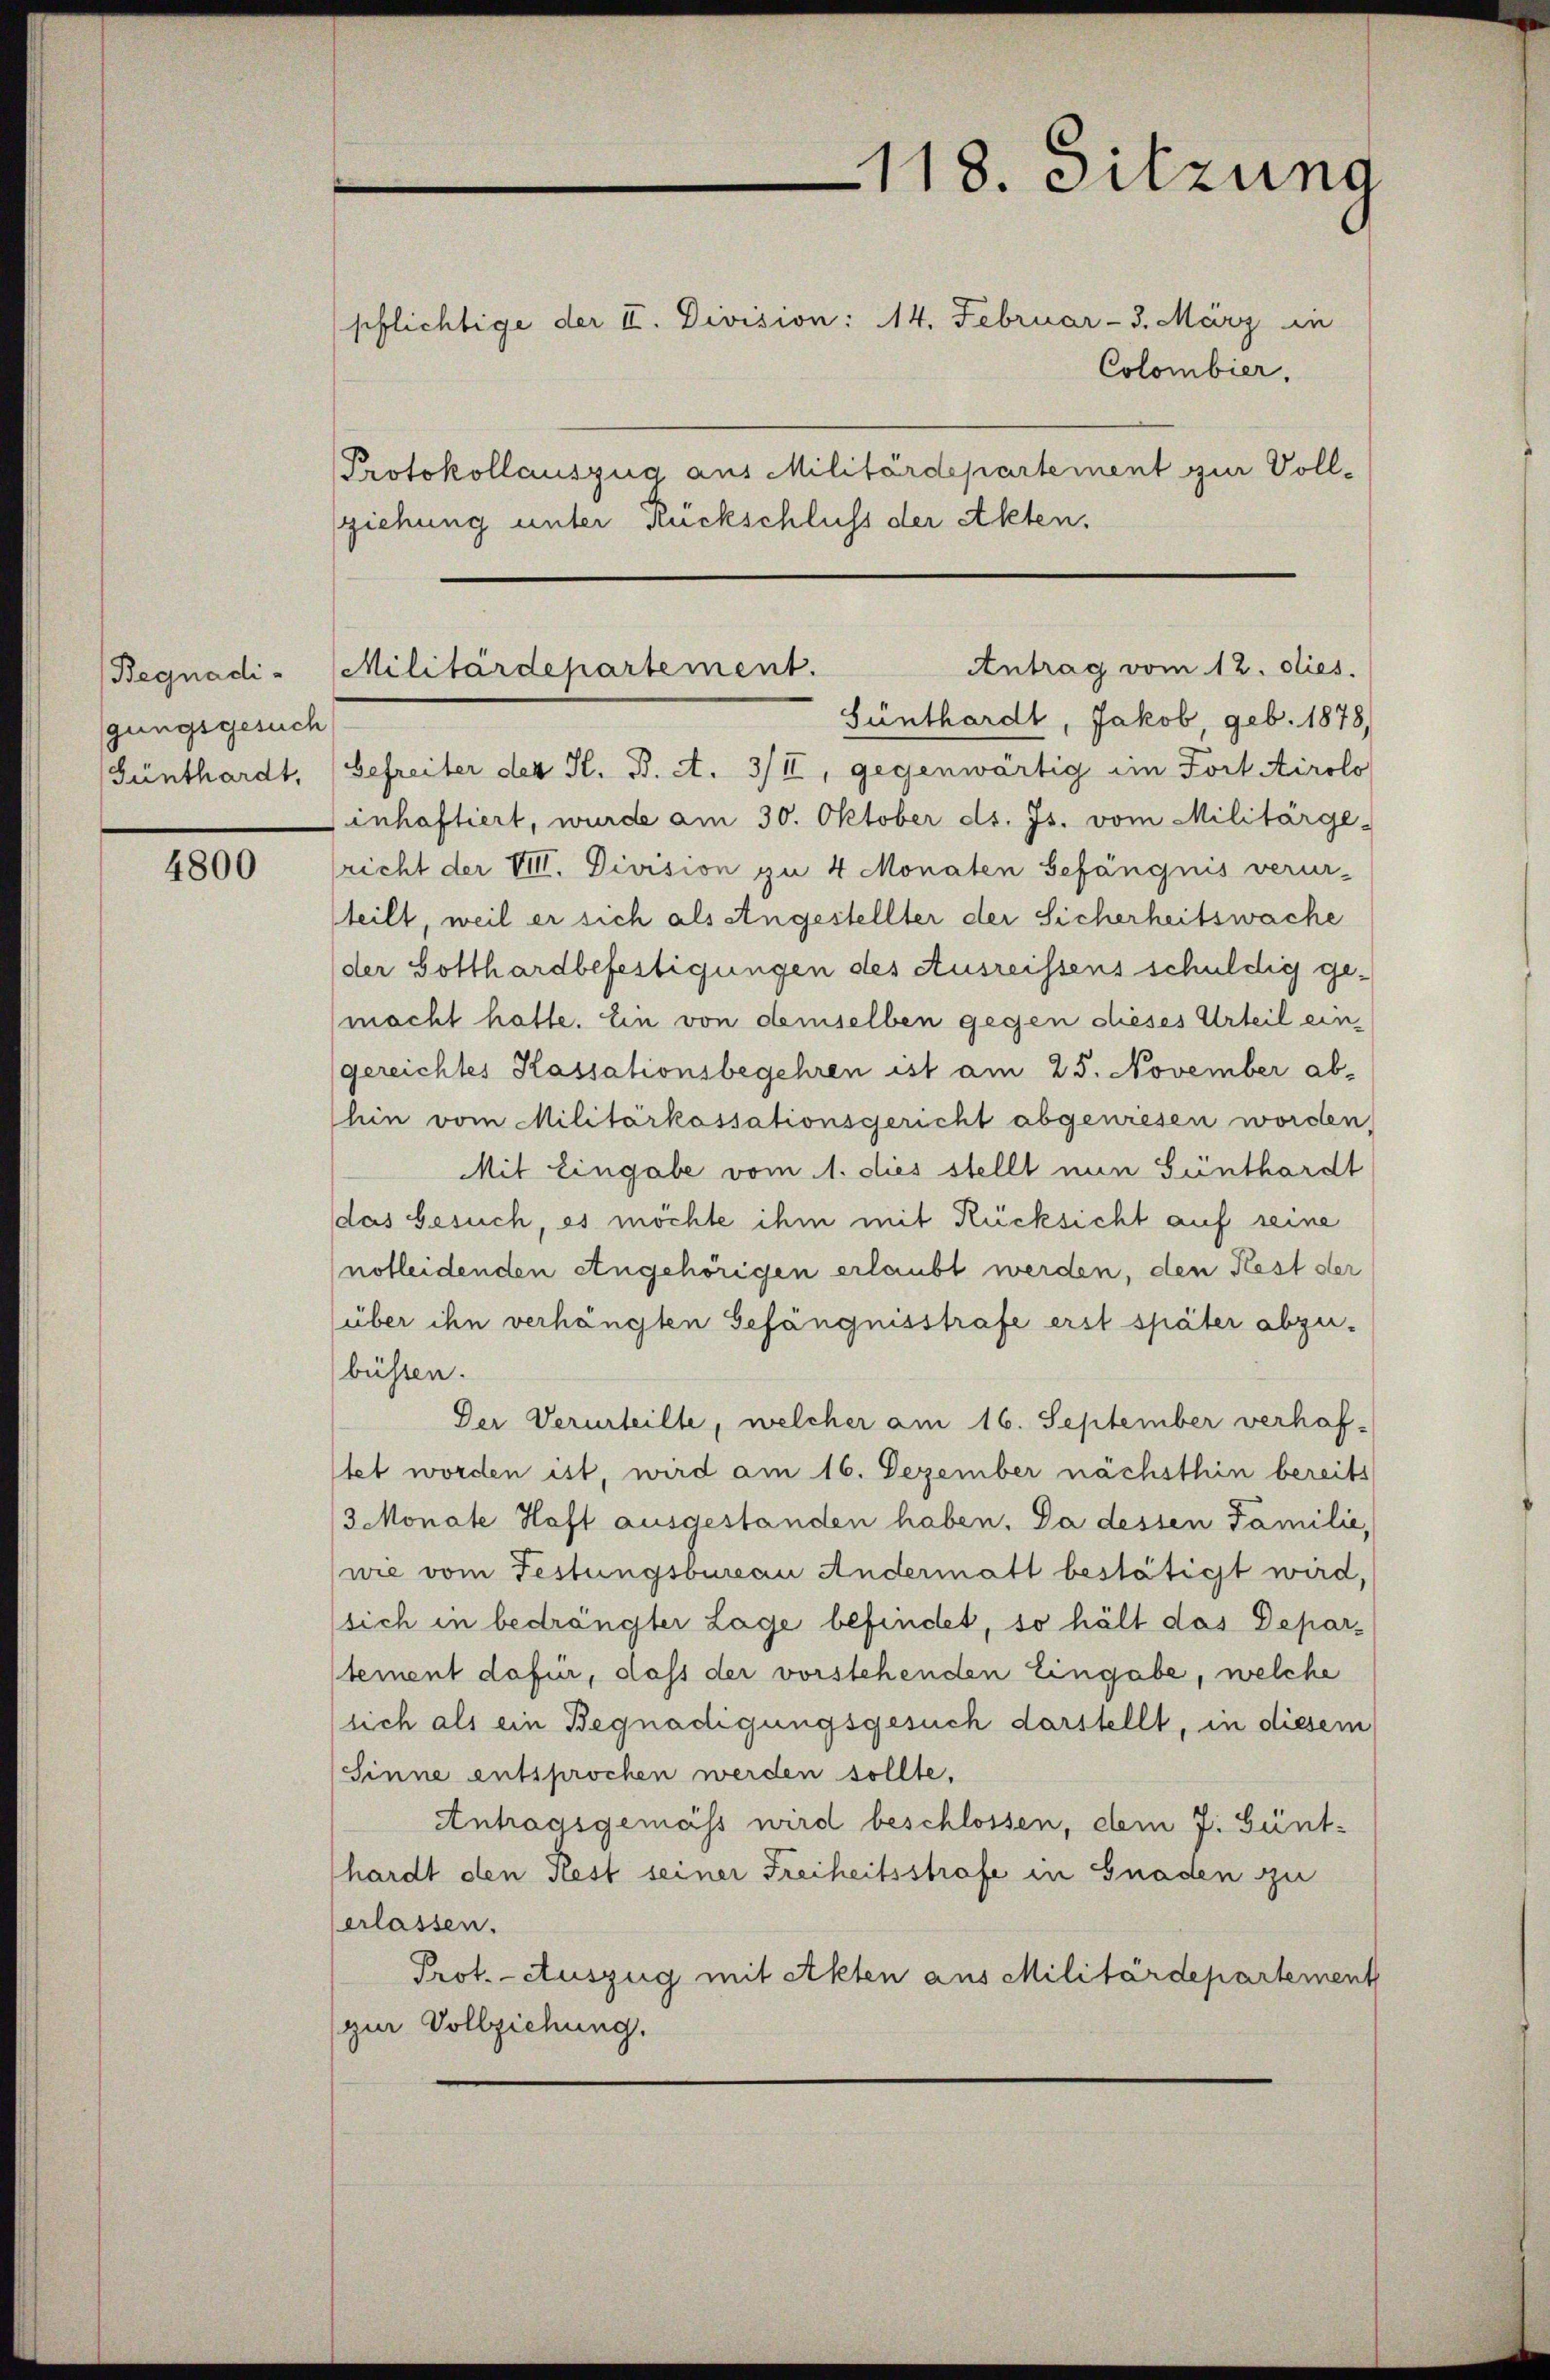
Begnadi
gungsgesuch

4800

pflichtige der II. Division: 14. Februar - 3. März in
Colombier.
Protokollauszug aus Militärdepartement zur Voll-
sziehung unter Rückschluss der Akten.

118. Sitzung

Günthardt, Jakob, geb. 1878,
Günthardt, (befreiter der St. B. A. 3/II, gegenwärtig im Fort Airolo
inhaftiert, wurde am 30. Oktober d. Js. vom Militärge-
richt der VIII. Division zu 4 Monaten Gefängnis verur-
teilt, weil er sich als Angestellter der Sicherheitswache
der Gotthardbefestigungen des Ausreissens schuldig ge¬
(macht hatte. Ein von demselben gegen dieses Urteil ein
gereichtes Kassationsbegehren ist am 25. November ab-
hin vom Militärkossationsgericht abgewiesen worden,
Mit Eingabe vom 1. dies stellt nun Günthardt
das besuch, es möchte ihm mit Rücksicht auf seine
notleidenden Angehörigen erlaubt werden, den Rest der
(über ihn verhängten Gefängnisstrafe erst später abzu-
büssen.
Der Verurteilte, welcher am 16. September verhafstet worden ist, wird am 16. Dezember nächsthin bereits
3 Monate Haft ausgestanden haben. Da dessen Familie,
wie vom Festungsbureau Andermatt bestätigt wird,
sich in bedrängter Lage befindet, so hält das Departement dafür, dass der vorstehenden Eingabe, welche
sich als ein Begnadigungsgesuch darstellt, in diesem
Sinne entsprochen werden sollte,
Antragsgemäss wird beschlossen, dem J. Günthardt den Rest seiner Freiheitsstrafe in Gnaden zu
erlassen.
Prot. - Auszug mit Akten aus Militärdepartement
(zur Vollziehung.

Antrag vom 12. dies.
Militärdepartement.